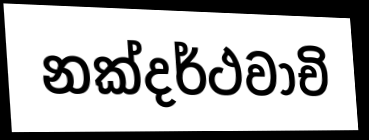
නක්දර්ථවාචි